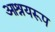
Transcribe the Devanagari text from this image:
आश्रयरूप